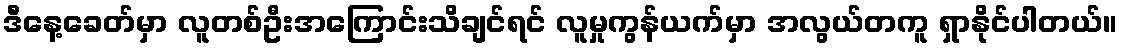
ဒီနေ့ခေတ်မှာ လူတစ်ဦးအကြောင်းသိချင်ရင် လူမှုကွန်ယက်မှာ အလွယ်တကူ ရှာနိုင်ပါတယ်။